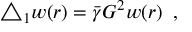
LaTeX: \triangle _ { 1 } w ( r ) = \bar { \gamma } G ^ { 2 } w ( r ) \; \; ,